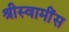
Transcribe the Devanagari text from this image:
श्रीस्वामींस